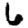
Digit: 6